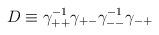
LaTeX: \begin{align*}D \equiv \gamma_{++}^{-1}\gamma_{+-} \gamma_{--}^{-1}\gamma_{-+}\end{align*}